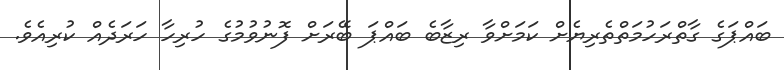
ބައްޕަގެ ގާތްރަހުމަތްތެރިޔެށް ކަމަށްވާ ރިޒާބެ ބައްޕަ ބޭރަށް ފޮނުވުމުގެ ހުރިހާ ހަރަދެއް ކުރިއެވެ.